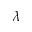
\lambda